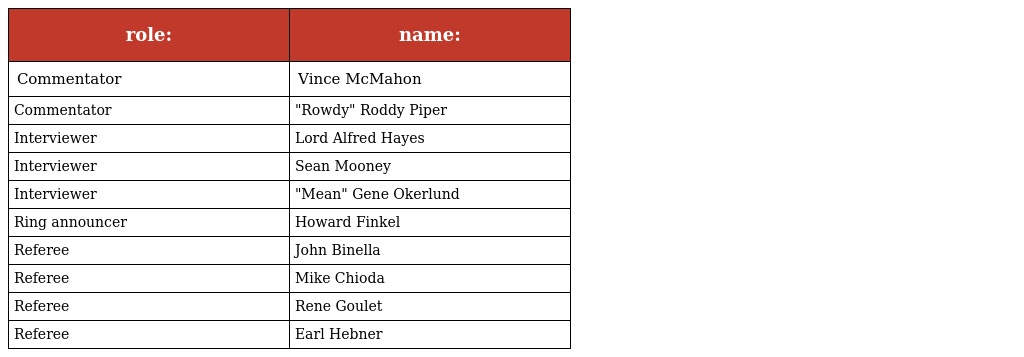
| role: | name: |
 | --- | --- |
 | Commentator | Vince McMahon |
 | Commentator | "Rowdy" Roddy Piper |
 | Interviewer | Lord Alfred Hayes |
 | Interviewer | Sean Mooney |
 | Interviewer | "Mean" Gene Okerlund |
 | Ring announcer | Howard Finkel |
 | Referee | John Binella |
 | Referee | Mike Chioda |
 | Referee | Rene Goulet |
 | Referee | Earl Hebner |